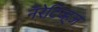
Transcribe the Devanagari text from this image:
नॅरेटिव्ह्‌ज